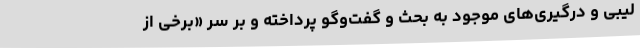
لیبی و درگیری‌های موجود به بحث و گفت‌وگو پرداخته و بر سر «برخی از